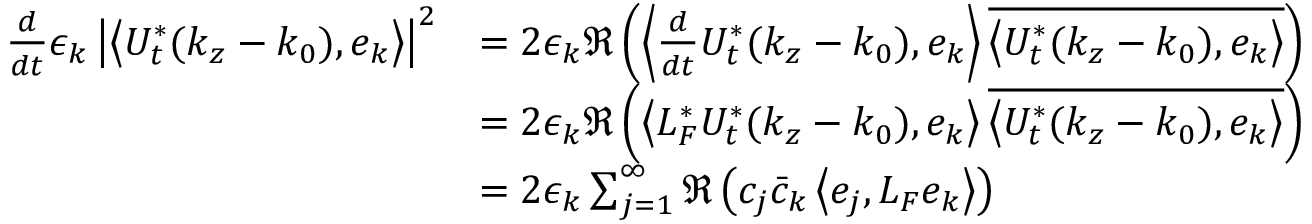
\begin{array} { r l } { \frac { d } { d t } \epsilon _ { k } \left| \left\langle U _ { t } ^ { * } ( k _ { z } - k _ { 0 } ) , e _ { k } \right\rangle \right| ^ { 2 } } & { = 2 \epsilon _ { k } \Re \left( \left\langle \frac { d } { d t } U _ { t } ^ { * } ( k _ { z } - k _ { 0 } ) , e _ { k } \right\rangle \overline { { \left\langle U _ { t } ^ { * } ( k _ { z } - k _ { 0 } ) , e _ { k } \right\rangle } } \right) } \\ & { = 2 \epsilon _ { k } \Re \left( \left\langle L _ { F } ^ { * } U _ { t } ^ { * } ( k _ { z } - k _ { 0 } ) , e _ { k } \right\rangle \overline { { \left\langle U _ { t } ^ { * } ( k _ { z } - k _ { 0 } ) , e _ { k } \right\rangle } } \right) } \\ & { = 2 \epsilon _ { k } \sum _ { j = 1 } ^ { \infty } \Re \left( c _ { j } \bar { c } _ { k } \left\langle e _ { j } , L _ { F } e _ { k } \right\rangle \right) } \end{array}